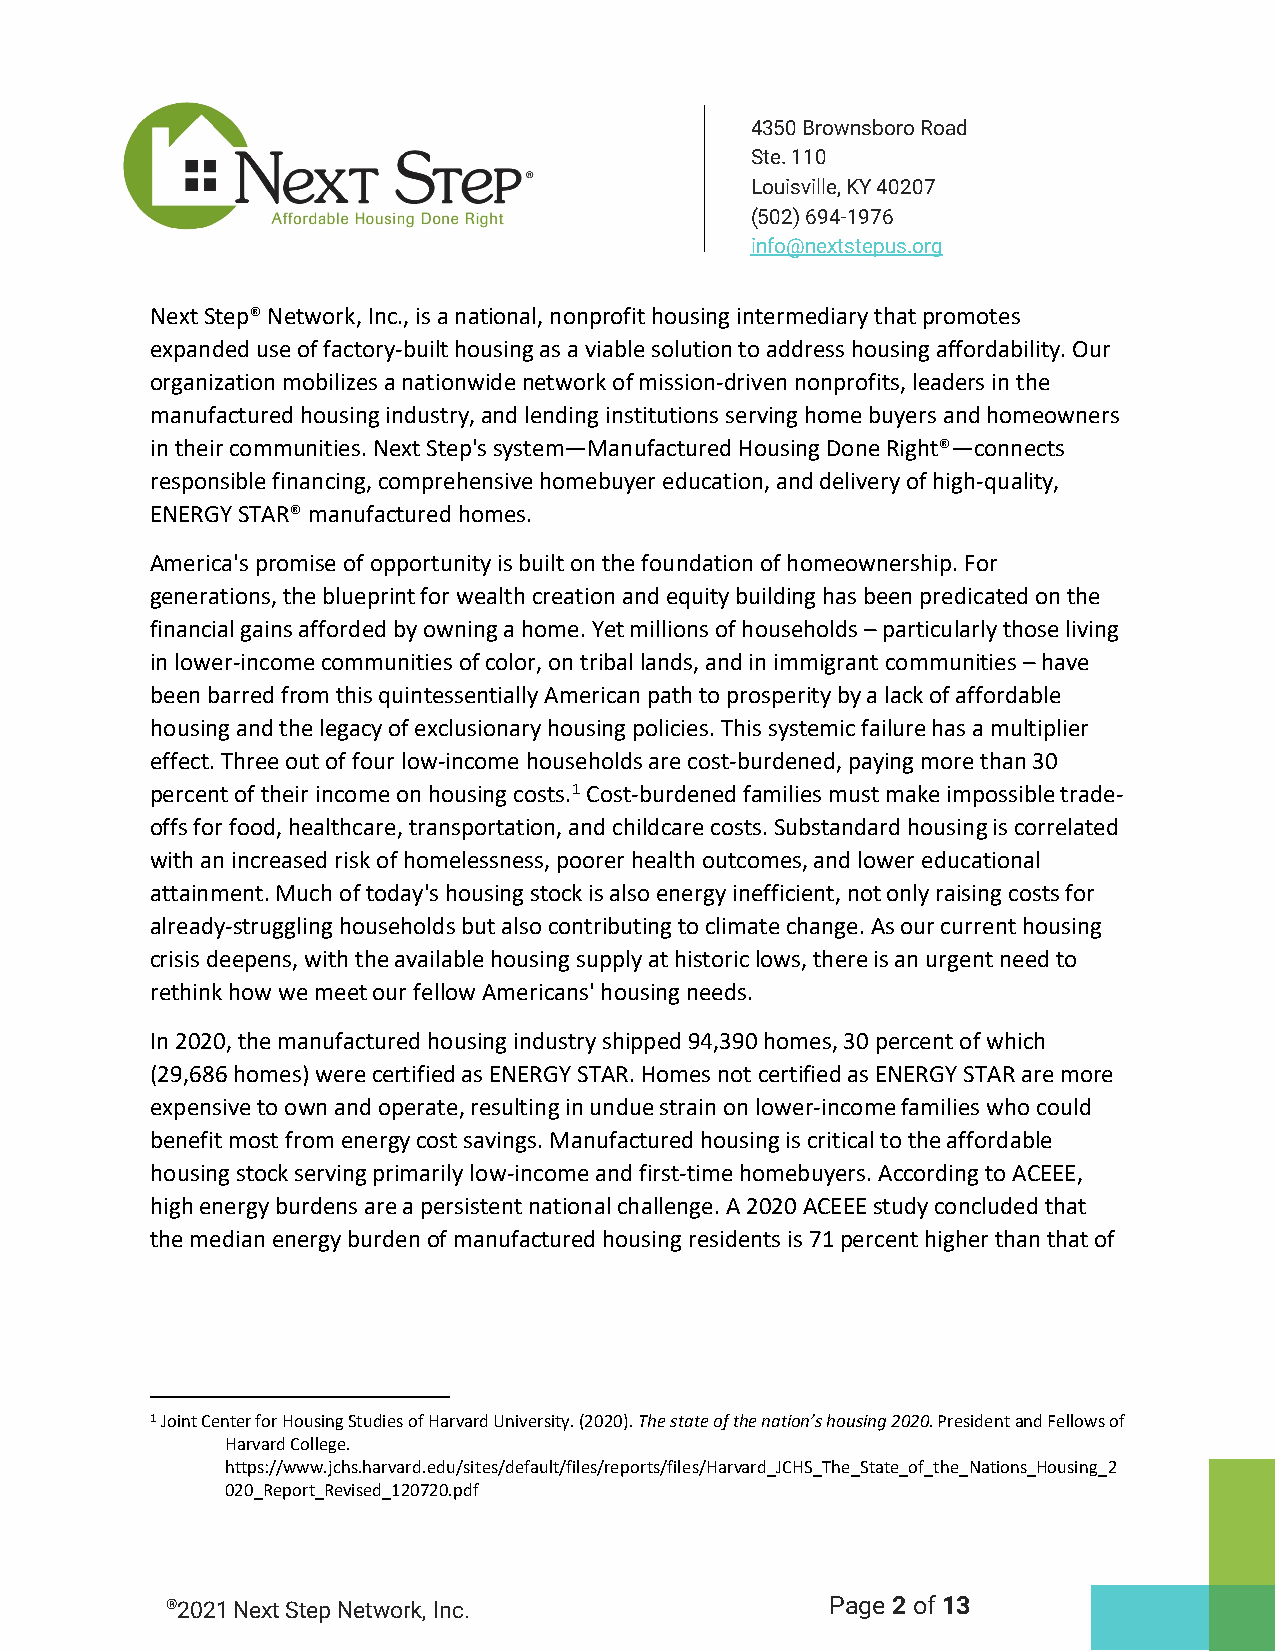
4350 Brownsboro Road
 Ste. 110
 Louisville, KY 40207
 (502) 694-1976
 info@nextstepus.org
 Next Step® Network, Inc., is a national, nonprofit housing intermediary that promotes
 expanded use of factory-built housing as a viable solution to address housing affordability. Our
 organization mobilizes a nationwide network of mission-driven nonprofits, leaders in the
 manufactured housing industry, and lending institutions serving home buyers and homeowners
 in their communities. Next Step's system—Manufactured Housing Done Right®—connects
 responsible financing, comprehensive homebuyer education, and delivery of high-quality,
 ENERGY STAR® manufactured homes.
 America's promise of opportunity is built on the foundation of homeownership. For
 generations, the blueprint for wealth creation and equity building has been predicated on the
 financial gains afforded by owning a home. Yet millions of households – particularly those living
 in lower-income communities of color, on tribal lands, and in immigrant communities – have
 been barred from this quintessentially American path to prosperity by a lack of affordable
 housing and the legacy of exclusionary housing policies. This systemic failure has a multiplier
 effect. Three out of four low-income households are cost-burdened, paying more than 30
 percent of their income on housing costs.1 Cost-burdened families must make impossible trade-
 offs for food, healthcare, transportation, and childcare costs. Substandard housing is correlated
 with an increased risk of homelessness, poorer health outcomes, and lower educational
 attainment. Much of today's housing stock is also energy inefficient, not only raising costs for
 already-struggling households but also contributing to climate change. As our current housing
 crisis deepens, with the available housing supply at historic lows, there is an urgent need to
 rethink how we meet our fellow Americans' housing needs.
 In 2020, the manufactured housing industry shipped 94,390 homes, 30 percent of which
 (29,686 homes) were certified as ENERGY STAR. Homes not certified as ENERGY STAR are more
 expensive to own and operate, resulting in undue strain on lower-income families who could
 benefit most from energy cost savings. Manufactured housing is critical to the affordable
 housing stock serving primarily low-income and first-time homebuyers. According to ACEEE,
 high energy burdens are a persistent national challenge. A 2020 ACEEE study concluded that
 the median energy burden of manufactured housing residents is 71 percent higher than that of
 1 Joint Center for Housing Studies of Harvard University. (2020). The state of the nation’s housing 2020. President and Fellows of
 Harvard College.
 https://www.jchs.harvard.edu/sites/default/files/reports/files/Harvard_JCHS_The_State_of_the_Nations_Housing_2
 020_Report_Revised_120720.pdf
 ®2021 Next Step Network, Inc.               Page 2 of 13